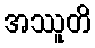
အဿူတိ